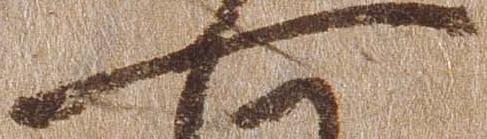
一